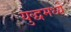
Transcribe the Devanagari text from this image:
युद्धमध्ये